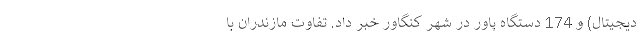
دیجیتال) و 174 دستگاه پاور در شهر کنگاور خبر داد. تفاوت مازندران با